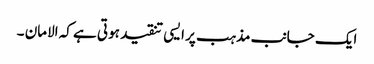
ایک جانب مذہب پر ایسی تنقید ہوتی ہے کہ الامان ۔